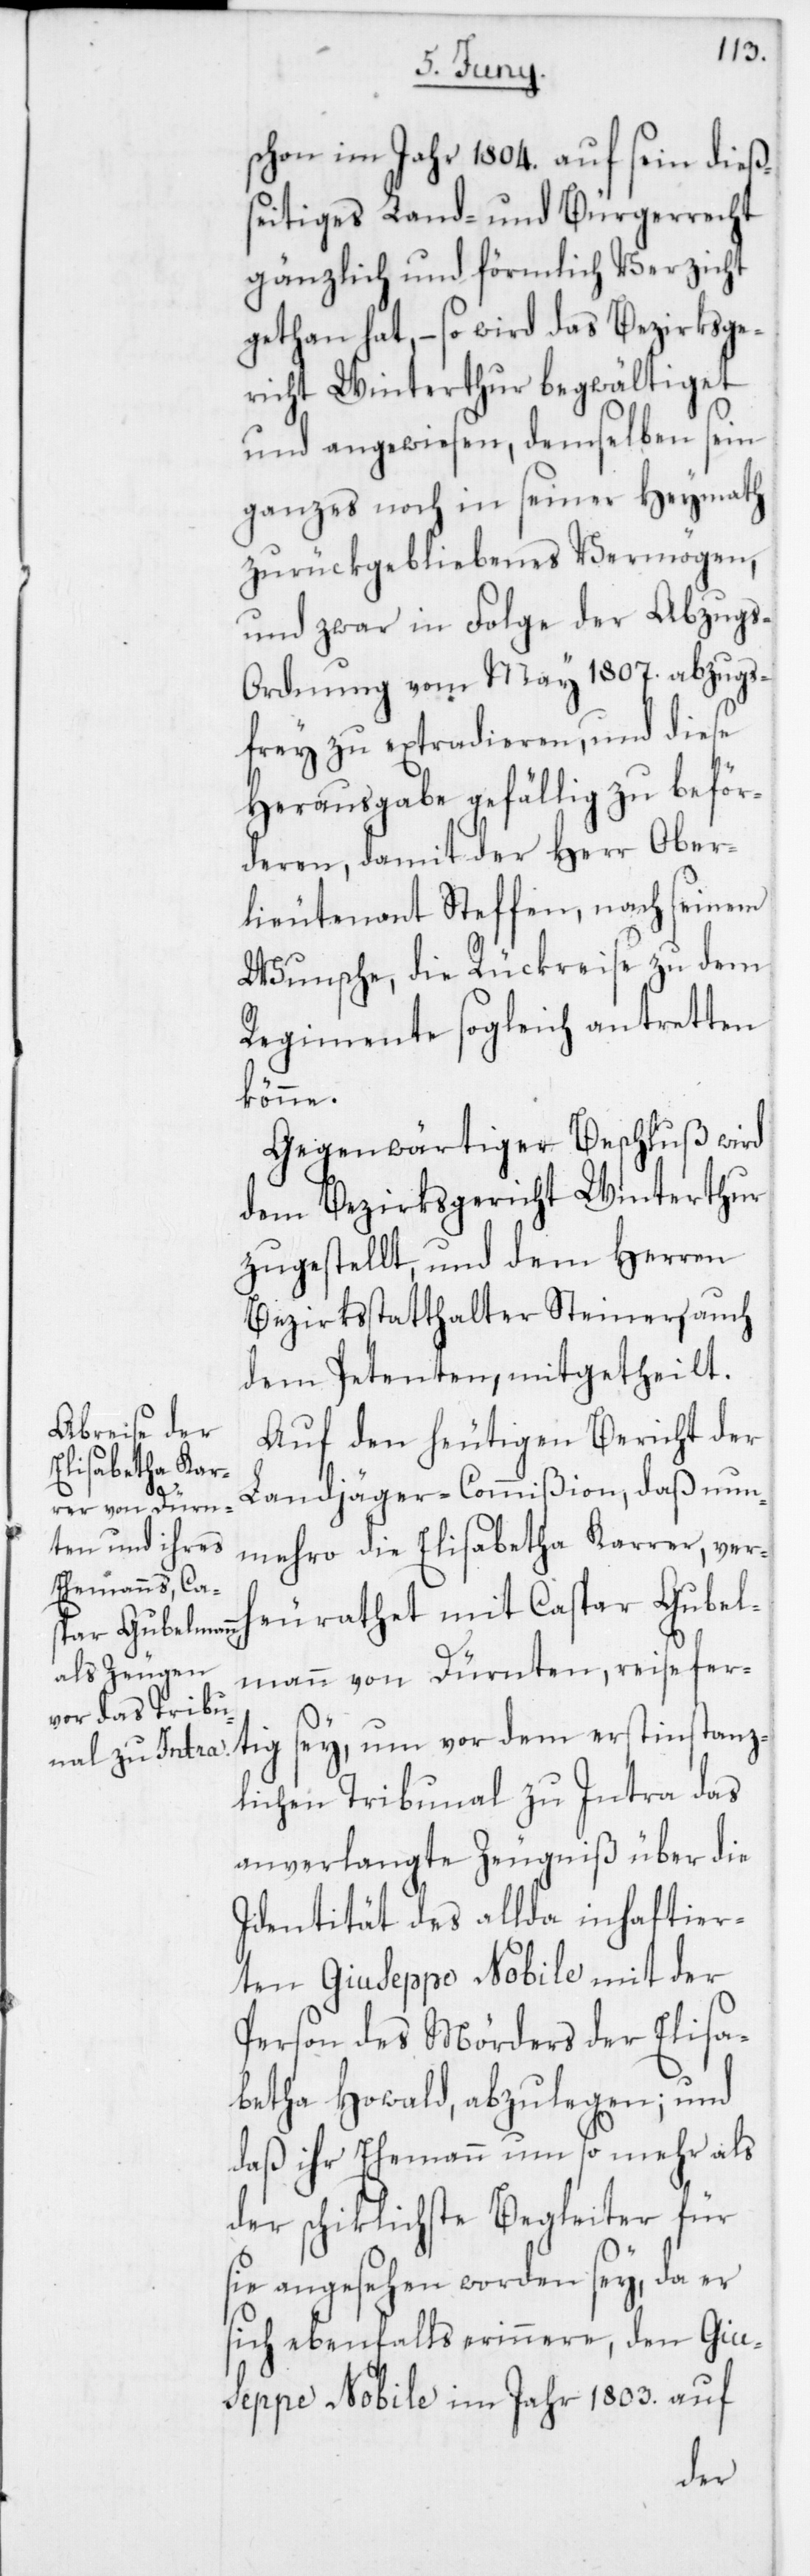
schon im Jahr 1804 auf sein dieß¬
seitiges Land- und Bürgerrecht
gänzlich und förmlich Verzicht
gethan hat, – so wird das Bezirksge¬
richt Winterthur begwältiget
und angewiesen, demselben sein
ganzes noch in seiner Heymath
zurückgebliebenes Vermögen,
und zwar in Folge der Abzug¬
s-Ordnung vom März 1807 abzugs¬
frey zu extradieren, und diese
Herausgabe gefällig zu beför¬
deren, damit der Herr Ober¬
lieutenant Steffen, nach seinem
Wunsche, die Rückreise zu dem
Regimente sogleich antretten
könne.
Gegenwärtiger Beschluß wird
dem Bezirksgericht Winterthur
zugestellt, und dem Herren
Bezirksstatthalter Steiner, auch
dem Petenten mitgetheilt.
Auf den heutigen Bericht der
Landjäger-Commißion, daß nun¬
mehro die Elisabetha Karrer, ver¬
heurathet mit Caspar Gubel¬
mann von Dürnten, reisefer¬
tig sey, um vor dem erstinstanz¬
lichen Tribunal zu Intra das
anverlangte Zeugniß über die
Identität des allda inhaftier¬
ten Giuseppe Nobile mit der
Person des Mörders der Elisa¬
betha Howald, abzulegen; und
daß ihr Ehemann um so mehr als
der schiklichste Begleiter für
sie angesehen worden sey, da er
sich ebenfalls erinnere, den Gius¬
eppe Nobile im Jahr 1803 auf